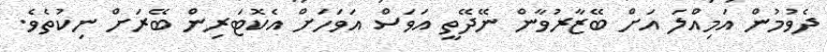
ދެވުމުން އަމިއްލަ އަށް ބޭޒާރުވާން ނޭދޭތީ އަވަސް އަވަހަށް އެކޮޓަރިން ބޭރަށް ނިކުތެވެ.